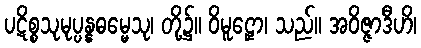
ပဋိစ္စသုမုပ္ပန္နဓမ္မေသု၊ တို့၌။ ဝိမူဠှော၊ သည်။ အဝိဇ္ဇာဒီဟိ၊